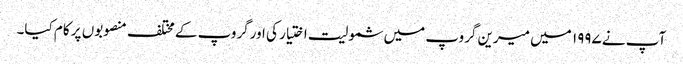
آپ نے ۱۹۹۷ میں میرین گروپ میں شمولیت اختیار کی اورگروپ کے مختلف منصوبوں پر کام کیا۔